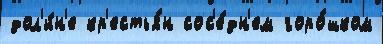
дол'и́н'е кр'естья́н сос'е́дн'ем горо́шком